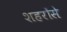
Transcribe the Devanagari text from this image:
शहरोंसे